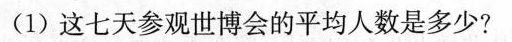
(1)这七天参观世博会的平均人数是多少?